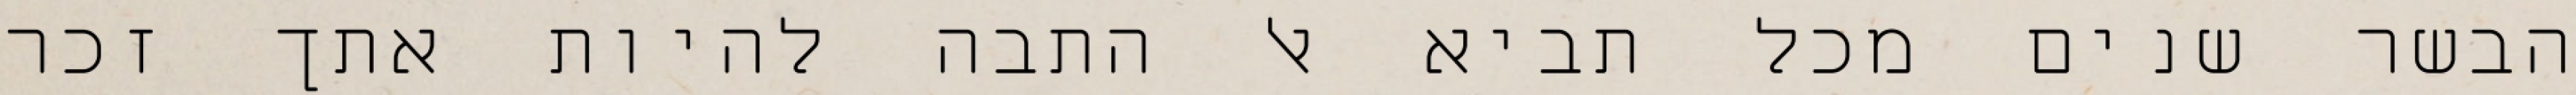
הבשר שנים מכל תביא אל התבה להיות אתך זכר